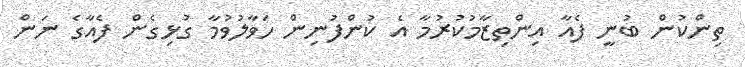
ތިންކުން ބުނީ ފެއާ އިންތިޒާމުކުރުމާ އެ ކުންފުނިން ހަވާލުވުމާ ގުޅިގެން ފެއާގެ ނަން